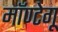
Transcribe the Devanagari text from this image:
मॉण्टेगू